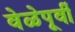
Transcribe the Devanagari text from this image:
वेळेपूर्वी